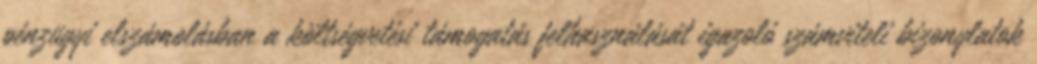
pénzügyi elszámolásban a költségvetési támogatás felhasználását igazoló számviteli bizonylatok